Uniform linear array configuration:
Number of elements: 32
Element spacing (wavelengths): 0.75
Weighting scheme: hamming
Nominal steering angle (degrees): -15
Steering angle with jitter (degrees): -14.03
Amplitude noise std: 0.05
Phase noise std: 0.05

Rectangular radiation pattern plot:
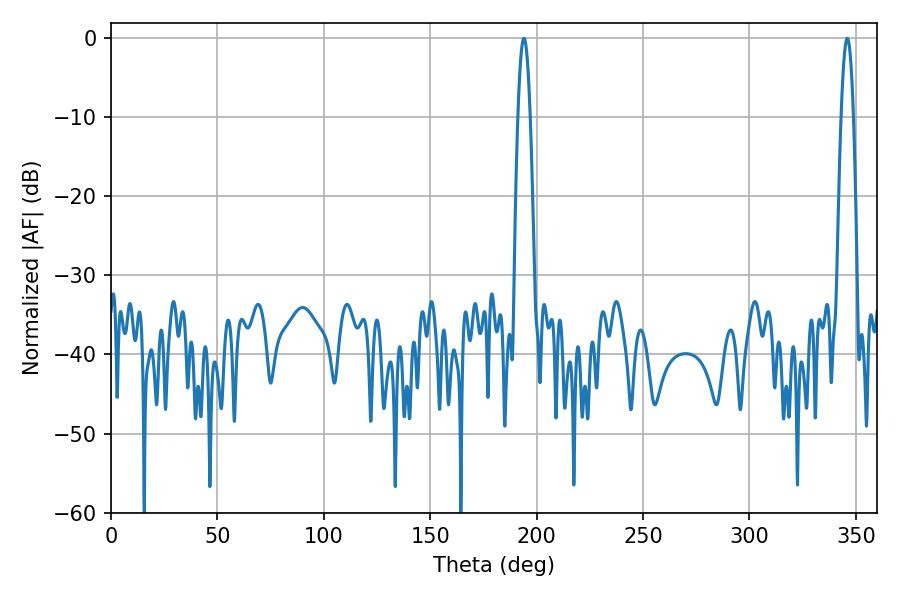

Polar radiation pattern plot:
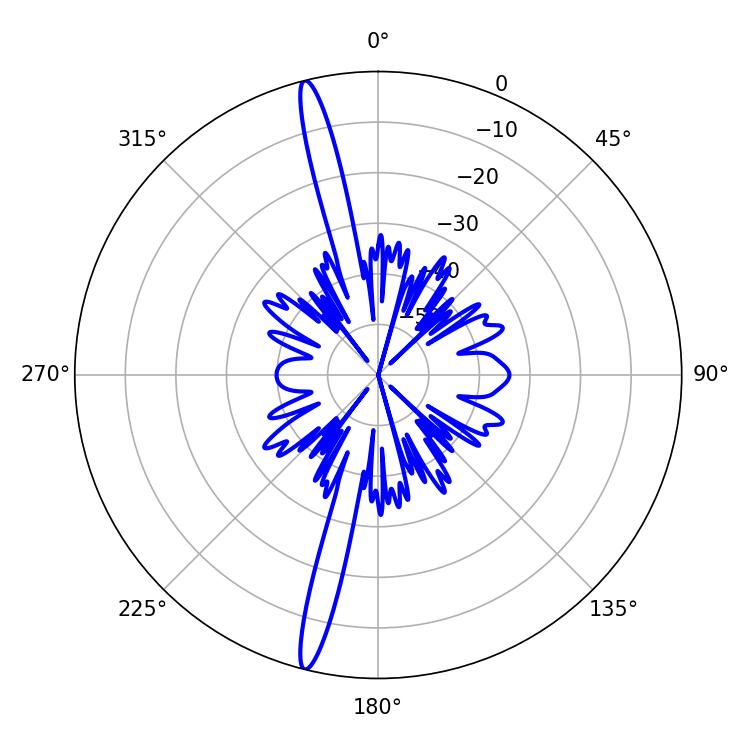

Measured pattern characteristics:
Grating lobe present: TRUE
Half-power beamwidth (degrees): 3.24
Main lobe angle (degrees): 194.04